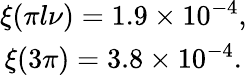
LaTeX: \begin{array}{c}{{\xi(\pi l\nu)=1.9\times 10^{-4},}}\\ {{\xi(3\pi)=3.8\times 10^{-4}.}}\end{array}